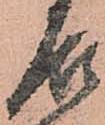
殿